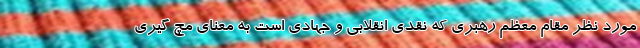
مورد نظر مقام معظم رهبری که نقدی انقلابی و جهادی است به معنای مچ گیری